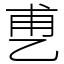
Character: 乶